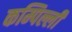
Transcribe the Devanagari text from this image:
कम्पिल्ली